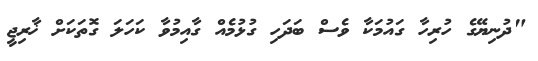
"ދުނިޔޭގެ ހުރިހާ ގައުމަކާ ވެސް ބަދަހި ގުޅުމެއް ގާއިމުވާ ކަހަލަ ގޮތަކަށް ޚާރިޖީ